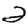
Digit: 2